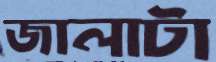
জালাটা